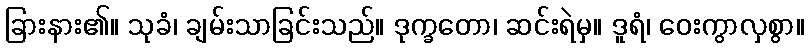
ခြားနား၏။ သုခံ၊ ချမ်းသာခြင်းသည်။ ဒုက္ခတော၊ ဆင်းရဲမှ။ ဒူရံ၊ ဝေးကွာလှစွာ။